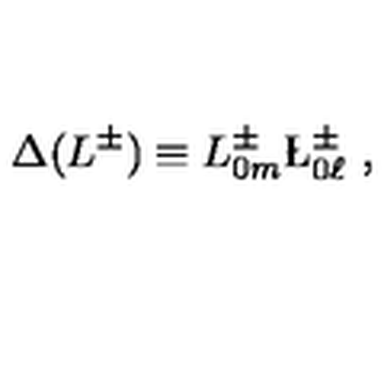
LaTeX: \Delta ( L ^ { \pm } ) \equiv L _ { 0 m } ^ { \pm } \L _ { 0 \ell } ^ { \pm } \ ,